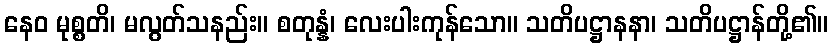
နေဝ မုစ္စတိ၊ မလွတ်သနည်း။ စတုန္နံ၊ လေးပါးကုန်သော။ သတိပဋ္ဌာနနာ၊ သတိပဋ္ဌာန်တို့၏။